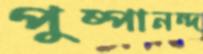
পুষ্পানন্দ